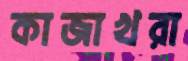
কাজাখরা